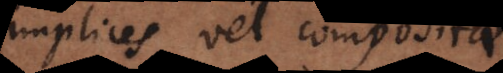
simplices vel compositae: